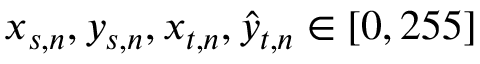
{ { x } } _ { s , n } , { { y } } _ { s , n } , { { x } } _ { t , n } , \hat { { y } } _ { t , n } \in [ 0 , 2 5 5 ]